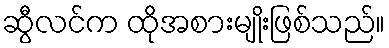
ဆွီလင်က ထိုအစားမျိုးဖြစ်သည်။